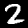
Digit: 2